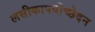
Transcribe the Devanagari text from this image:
लसीकापर्वोच्छेदन